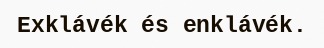
Exklávék és enklávék.